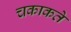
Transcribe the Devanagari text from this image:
चकाकते